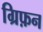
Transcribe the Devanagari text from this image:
ग्रिफ़न